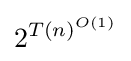
2^{T(n)^{O(1)}}